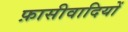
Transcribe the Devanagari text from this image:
फ़ासीवादियों